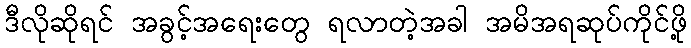
ဒီလိုဆိုရင် အခွင့်အရေးတွေ ရလာတဲ့အခါ အမိအရဆုပ်ကိုင်ဖို့